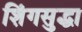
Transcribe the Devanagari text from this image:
शिंगसुद्धा